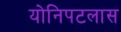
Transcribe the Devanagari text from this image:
योनिपटलास